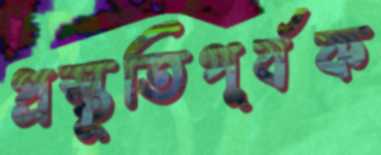
প্রস্তুতিপূর্বক